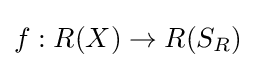
f:R(X)\rightarrow R(S_{R})